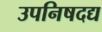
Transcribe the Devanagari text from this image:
उपनिषदद्य